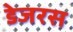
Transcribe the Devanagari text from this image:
डेजरस